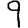
Digit: 9